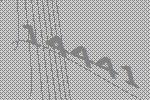
14441